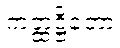
ကတ္ထဋ္ဌိတော